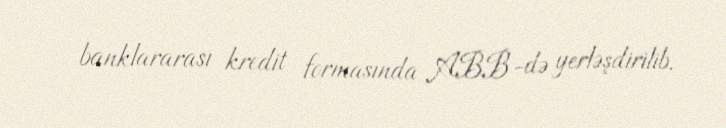
banklararası kredit formasında ABB-də yerləşdirilib.